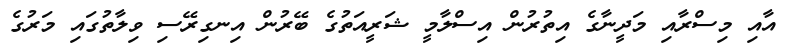
އާއި މިސްރާއި މަދީނާގެ އިތުރުން އިސްލާމީ ޝަރީއަތުގެ ބޭރުން އިނގިރޭސި ވިލާތުގައި މަރުގެ